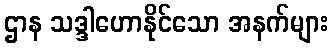
ဌာန သဒ္ဒါဟောနိုင်သော အနက်များ